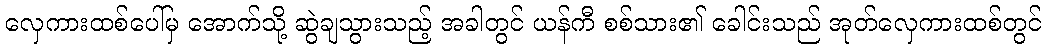
လှေကားထစ်ပေါ်မှ အောက်သို့ ဆွဲချသွားသည့် အခါတွင် ယန်ကီ စစ်သား၏ ခေါင်းသည် အုတ်လှေကားထစ်တွင်